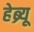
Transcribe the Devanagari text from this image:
हेब्र्यू